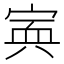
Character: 𡩂